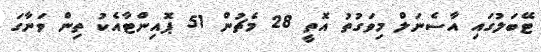
ޓޭބަލުގައި އާސެނަލް މިވަގުތު އޮތީ 28 މެޗުން 51 ޕޮއިންޓާއެކު ތިން ވަނާގަ